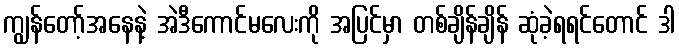
ကျွန်တော့်အနေနဲ့ အဲဒီကောင်မလေးကို အပြင်မှာ တစ်ချိန်ချိန် ဆုံခဲ့ရရင်တောင် ဒါ